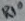
Text: R10